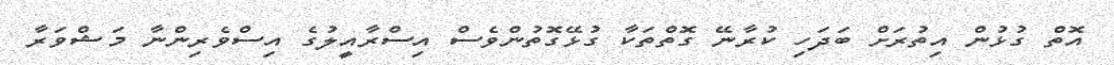
އޮތް ގުޅުން އިތުރަށް ބަދަހި ކުރާނޭ ގޮތްތަކާ ގުޅޭގޮތުންވެސް އިސްރާއީލުގެ އިސްވެރިންނާ މަޝްވަރާ